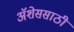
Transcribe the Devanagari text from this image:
ॲशेससाठी